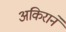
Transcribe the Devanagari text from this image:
अकिराने